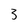
Character: 3